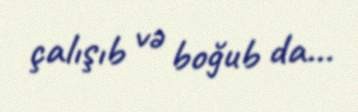
çalışıb və boğub da...